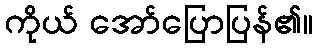
ကိုယ် အော်ပြောပြန်၏။